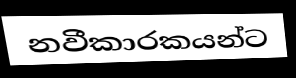
නවීකාරකයන්ට